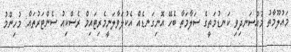
މައުލޫމާތު މުއްސަނދިވި ކަނޑުމަތީގެ ސަލާމަތާ ބެހޭ އޮނިގަނޑެއް އެކުލަވާލަނީމެރިޓައިމް ރެސްކިއު ސެންޓަރުތައް: މުހިންމު